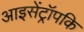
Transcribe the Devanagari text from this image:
आइसेंट्रॉपकि